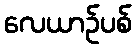
လေယာဉ်ပစ်